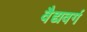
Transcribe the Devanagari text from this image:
वैद्यवर्ग